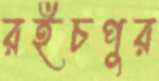
রইচপুর